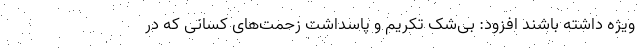
ویژه داشته باشند افزود: بی‌شک تکریم و پاسداشت زحمت‌های کسانی که در